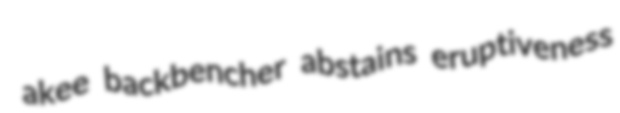
akee backbencher abstains eruptiveness